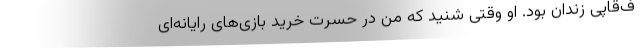
ف‌قاپی زندان بود. او وقتی شنید که من در حسرت خرید بازی‌های رایانه‌ای